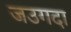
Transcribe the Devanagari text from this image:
जउगदा